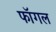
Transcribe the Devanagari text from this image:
फॉगल